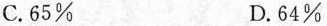
C.65\% D.64\%